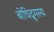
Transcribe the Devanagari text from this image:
बोधिद्रुमस्य